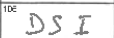
Transcription: DSI